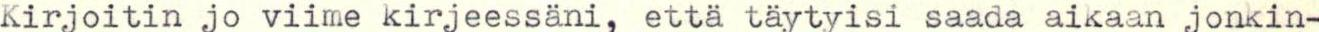
Kirjoitin jo viime kirjeessäni, että täytyisi saada aikaan jonkin-